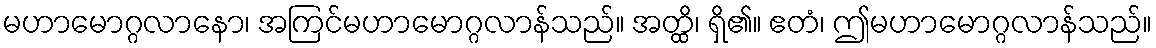
မဟာမောဂ္ဂလာနော၊ အကြင်မဟာမောဂ္ဂလာန်သည်။ အတ္ထိ၊ ရှိ၏။ ဧတံ၊ ဤမဟာမောဂ္ဂလာန်သည်။